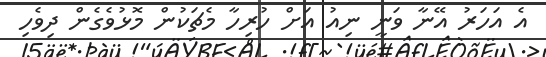
އެ އަހަރު އޭނާ ވަނީ ނިއު އަށް ހުރިހާ މެޗަކުން މޮޅުވެގެން ދިވެހި